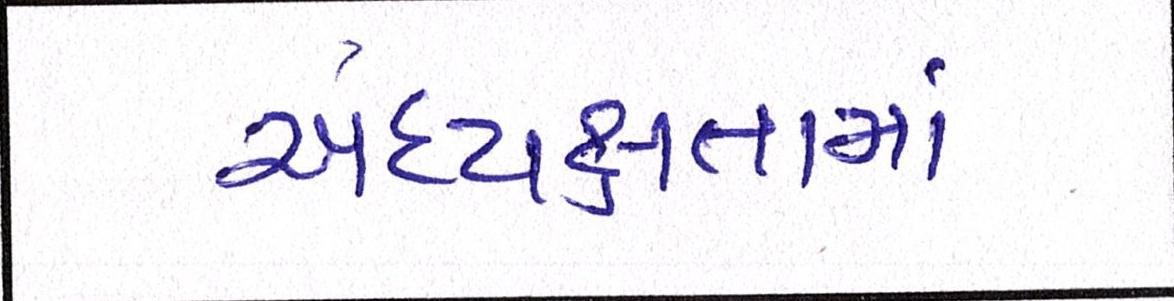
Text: અધ્યક્ષતામાં